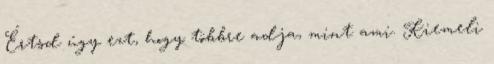
Értsd úgy ezt, hogy többre adja, mint ami. Kiemeli